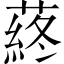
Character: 蔠